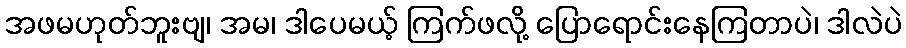
အဖမဟုတ်ဘူးဗျ၊ အမ၊ ဒါပေမယ့် ကြက်ဖလို့ ပြောရောင်းနေကြတာပဲ၊ ဒါလဲပဲ